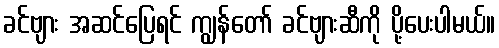
ခင်ဗျား အဆင်ပြေရင် ကျွန်တော် ခင်ဗျားဆီကို ပို့ပေးပါမယ်။